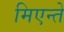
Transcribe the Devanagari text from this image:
मिएन्ते